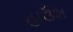
હાઉશ